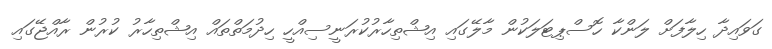
ގަވައިދާ ހިލާފަށް ލަންކާ ހޮސްޕިޓަލަކުން މާލޭގައި އިޝްތިހާރުކުރަނީސިއްހީ ހިދުމަތްތައް އިޝްތިހާރު ކުރުން ރާއްޖޭގައި